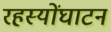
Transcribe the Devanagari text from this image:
रहस्योंघाटन